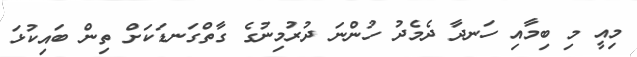
މިއީ މި ބިމާއި ހަނދާ ދެމެދު ހުންނަ ދުރުމިނުގެ ގާތްގަނޑަކަށް ތިން ބައިކުޅަ